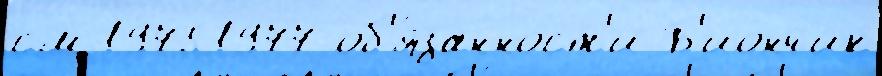
см 19751977 об'я́занност'и Б'иончик